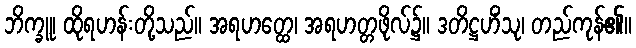
ဘိက္ခူ၊ ထိုရဟန်းတို့သည်။ အရဟတ္ထေ၊ အရဟတ္တဖိုလ်၌။ ဒတိဋ္ဌဟိံသု၊ တည်ကုန်၏။